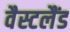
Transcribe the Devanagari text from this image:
वैस्टलैंड